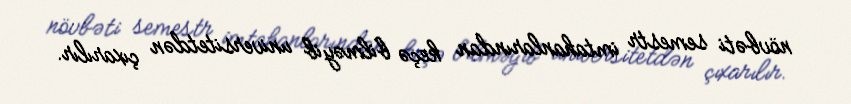
növbəti semestr imtahanlarından keçə bilməyib universitetdən çıxarılır.